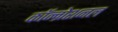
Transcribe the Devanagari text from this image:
कॉन्ग्रेशनल